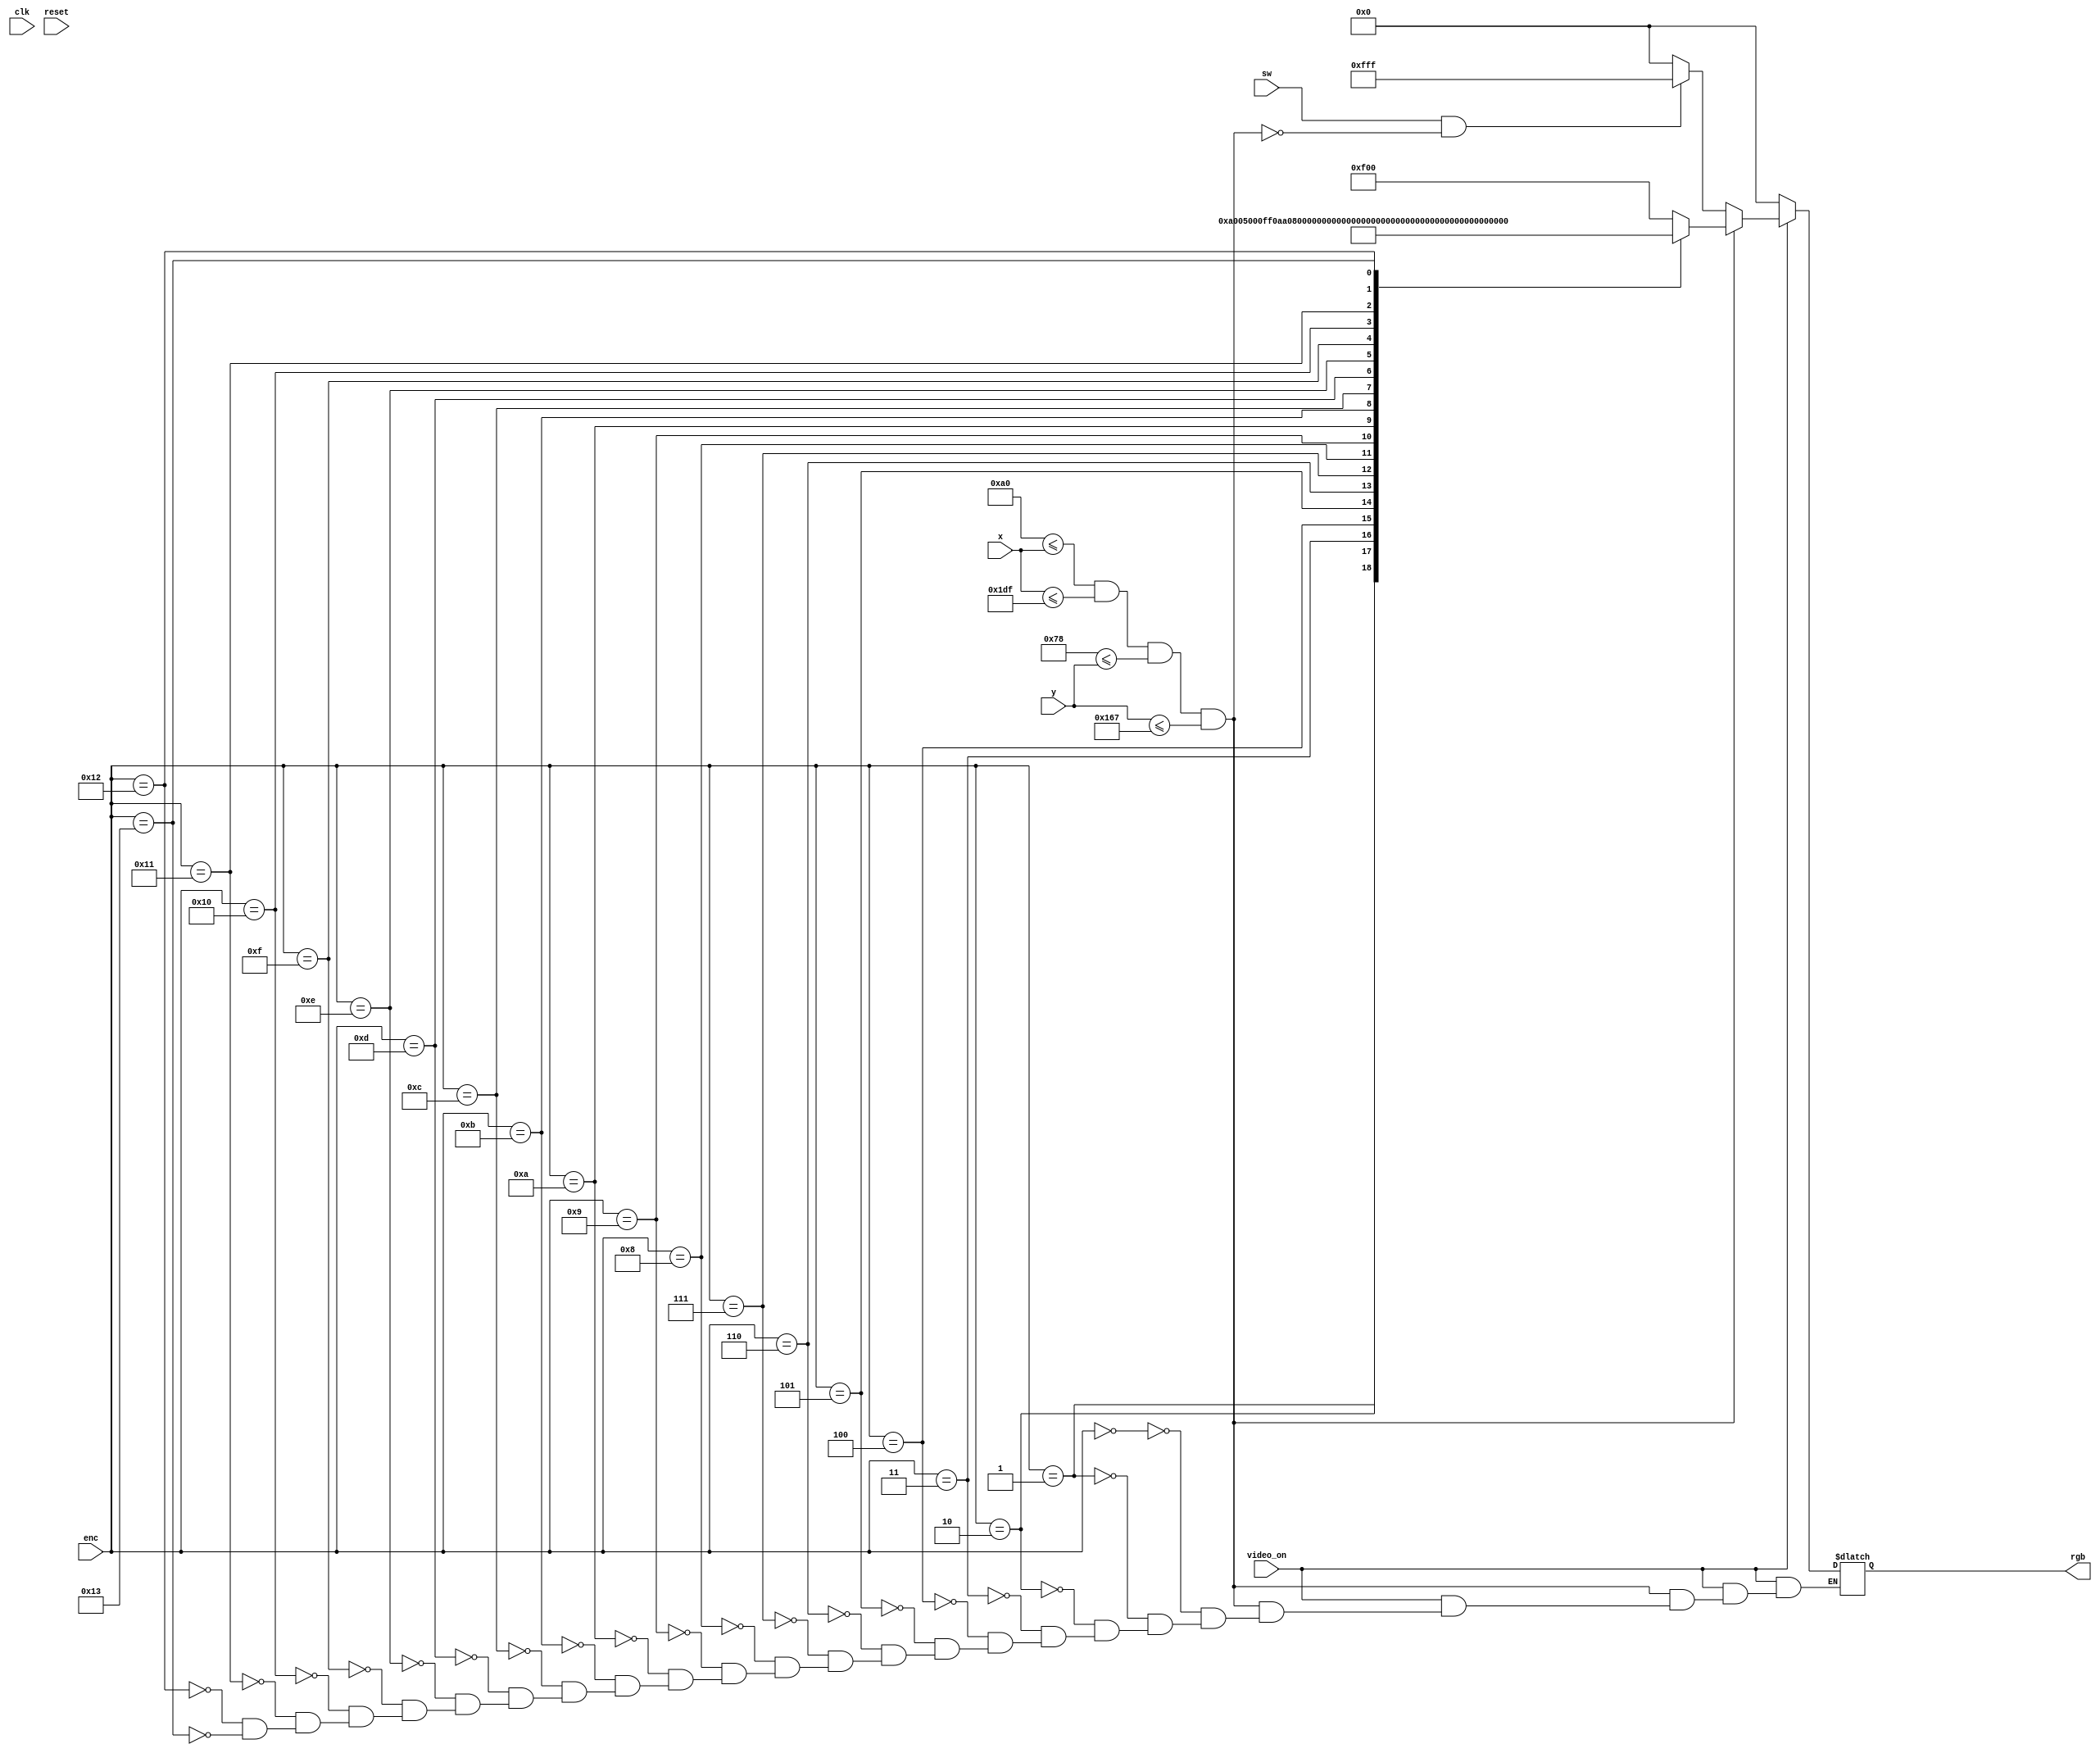
// This program was cloned from: https://github.com/FPGADude/Digital-Design
// License: GNU General Public License v3.0

`timescale 1ns / 1ps

module pixel_gen(
    input clk,
    input reset,
    input video_on,
    input [9:0] x, y,
    input [4:0] enc,
    input sw,
    output reg [11:0] rgb
    ); 
    
    // RGB Color Values
    parameter WHITE   = 12'hFFF;    // sw ON
    parameter BLACK   = 12'h000;    // sw OFF
    parameter RED1    = 12'hF00;    // 0      
    parameter GREEN1  = 12'h0F0;    // 1    
    parameter BLUE1   = 12'h00F;    // 2    
    parameter YELLOW1 = 12'h0FF;    // 3    
    parameter AQUA1   = 12'hFF0;    // 4
    parameter VIOLET1 = 12'hF0F;    // 5    
    parameter GRAY1   = 12'hAAA;    // 6   
    parameter RED2    = 12'hA00;    // 7    
    parameter GREEN2  = 12'h0A0;    // 8    
    parameter BLUE2   = 12'h00A;    // 9    
    parameter YELLOW2 = 12'h0AA;    // 10    
    parameter AQUA2   = 12'hAA0;    // 11    
    parameter VIOLET2 = 12'hA0A;    // 12    
    parameter RED3    = 12'h500;    // 13
    parameter GREEN3  = 12'h050;    // 14
    parameter BLUE3   = 12'h005;    // 15
    parameter YELLOW3 = 12'h055;    // 16
    parameter AQUA3   = 12'h550;    // 17
    parameter VIOLET3 = 12'h505;    // 18
    parameter GRAY2   = 12'h555;    // 19
    
    // rectangular area in center of screen
    parameter RECT_WIDTH  = 320;
    parameter RECT_HEIGHT = 240;
    
    // rectangle boundaries and position
    wire [9:0] rect_x_l, rect_x_r;              // left and right boundary
    wire [9:0] rect_y_t, rect_y_b;              // top and bottom boundary
    
    reg [9:0] rect_x_reg = 160;                 // rectangle left location
    reg [9:0] rect_y_reg = 120;                 // rectangle right location

     // square boundaries
    assign rect_x_l = rect_x_reg;                   // left boundary
    assign rect_y_t = rect_y_reg;                   // top boundary
    assign rect_x_r = rect_x_l + RECT_WIDTH - 1;   // right boundary
    assign rect_y_b = rect_y_t + RECT_HEIGHT - 1;   // bottom boundary
    
    // square status signal
    wire rect_on;
    assign rect_on = (rect_x_l <= x) && (x <= rect_x_r) &&
                     (rect_y_t <= y) && (y <= rect_y_b);
  
    always @*
        if(~video_on)
            rgb = BLACK;
        else
            if(rect_on)
                case(enc)
                    0  : rgb = RED1;
                    1  : rgb = RED2;
                    2  : rgb = RED3;
                    3  : rgb = YELLOW1;
                    4  : rgb = YELLOW2;
                    5  : rgb = YELLOW3;
                    6  : rgb = GREEN1;
                    7  : rgb = GREEN2;
                    8  : rgb = GREEN3;
                    9  : rgb = AQUA1;
                    10 : rgb = AQUA2;
                    11 : rgb = AQUA3;
                    12 : rgb = BLUE1;
                    13 : rgb = BLUE2;
                    14 : rgb = BLUE3;
                    15 : rgb = VIOLET1;
                    16 : rgb = VIOLET2;
                    17 : rgb = VIOLET3;
                    18 : rgb = GRAY1;
                    19 : rgb = GRAY2;
                endcase
            else if(sw & ~rect_on)
                rgb = WHITE;
            else 
                rgb = BLACK;
                    
            

            
       
endmodule